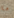
ما